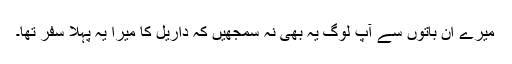
میرے ان باتوں سے آپ لوگ یہ بھی نہ سمجھیں کہ داریل کا میرا یہ پہلا سفر تھا۔